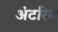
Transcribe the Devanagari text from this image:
अंटरिम